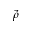
\vec { \rho }